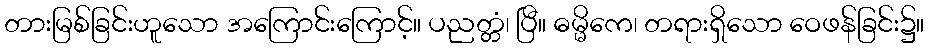
တားမြစ်ခြင်းဟူသော အကြောင်းကြောင့်။ ပညတ္တံ၊ ပြီ။ ဓမ္မိကေ၊ တရားရှိသော ဝေဖန်ခြင်း၌။